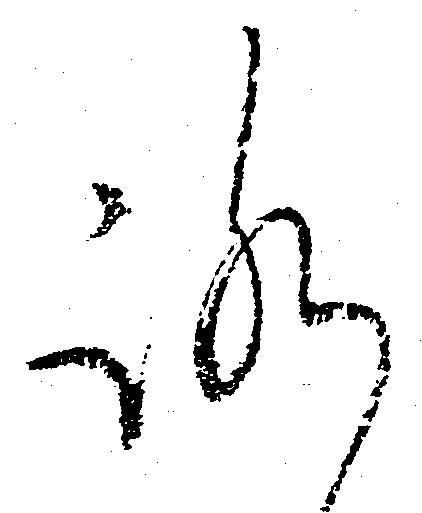
ろ